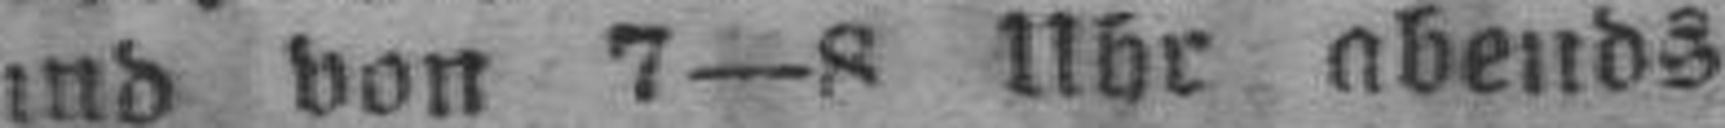
###nd von 7—8 Uhr abends